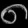
Digit: ၈